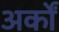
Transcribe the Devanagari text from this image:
अर्कों